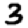
Digit: 3